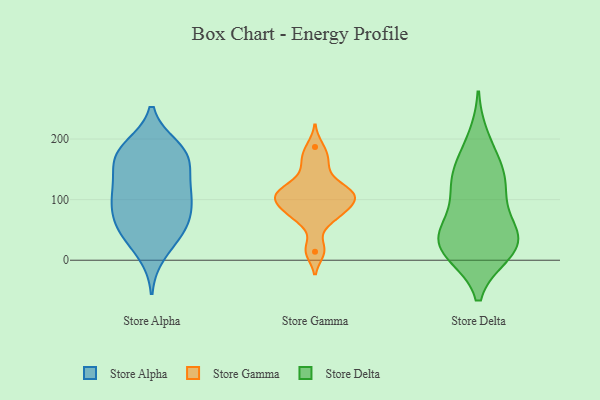
{"axis": {"x": "Latency (ms)", "y": "Value"}, "legend": ["Store Alpha", "Store Delta", "Store Gamma"], "data": [{"x": "", "y": 186, "type": "Store Alpha"}, {"x": "", "y": 66, "type": "Store Alpha"}, {"x": "", "y": 161, "type": "Store Alpha"}, {"x": "", "y": 119, "type": "Store Alpha"}, {"x": "", "y": 121, "type": "Store Alpha"}, {"x": "", "y": 103, "type": "Store Alpha"}, {"x": "", "y": 181, "type": "Store Alpha"}, {"x": "", "y": 73, "type": "Store Alpha"}, {"x": "", "y": 52, "type": "Store Alpha"}, {"x": "", "y": 98, "type": "Store Alpha"}, {"x": "", "y": 168, "type": "Store Alpha"}, {"x": "", "y": 108, "type": "Store Alpha"}, {"x": "", "y": 178, "type": "Store Alpha"}, {"x": "", "y": 165, "type": "Store Alpha"}, {"x": "", "y": 50, "type": "Store Alpha"}, {"x": "", "y": 42, "type": "Store Alpha"}, {"x": "", "y": 11, "type": "Store Alpha"}, {"x": "", "y": 114, "type": "Store Gamma"}, {"x": "", "y": 160, "type": "Store Gamma"}, {"x": "", "y": 170, "type": "Store Gamma"}, {"x": "", "y": 14, "type": "Store Gamma"}, {"x": "", "y": 68, "type": "Store Gamma"}, {"x": "", "y": 187, "type": "Store Gamma"}, {"x": "", "y": 80, "type": "Store Gamma"}, {"x": "", "y": 84, "type": "Store Gamma"}, {"x": "", "y": 108, "type": "Store Gamma"}, {"x": "", "y": 91, "type": "Store Gamma"}, {"x": "", "y": 99, "type": "Store Gamma"}, {"x": "", "y": 68, "type": "Store Gamma"}, {"x": "", "y": 111, "type": "Store Gamma"}, {"x": "", "y": 138, "type": "Store Gamma"}, {"x": "", "y": 18, "type": "Store Gamma"}, {"x": "", "y": 122, "type": "Store Gamma"}, {"x": "", "y": 106, "type": "Store Gamma"}, {"x": "", "y": 107, "type": "Store Gamma"}, {"x": "", "y": 60, "type": "Store Delta"}, {"x": "", "y": 121, "type": "Store Delta"}, {"x": "", "y": 14, "type": "Store Delta"}, {"x": "", "y": 39, "type": "Store Delta"}, {"x": "", "y": 12, "type": "Store Delta"}, {"x": "", "y": 113, "type": "Store Delta"}, {"x": "", "y": 200, "type": "Store Delta"}, {"x": "", "y": 121, "type": "Store Delta"}, {"x": "", "y": 157, "type": "Store Delta"}, {"x": "", "y": 41, "type": "Store Delta"}, {"x": "", "y": 18, "type": "Store Delta"}, {"x": "", "y": 153, "type": "Store Delta"}, {"x": "", "y": 23, "type": "Store Delta"}, {"x": "", "y": 44, "type": "Store Delta"}]}